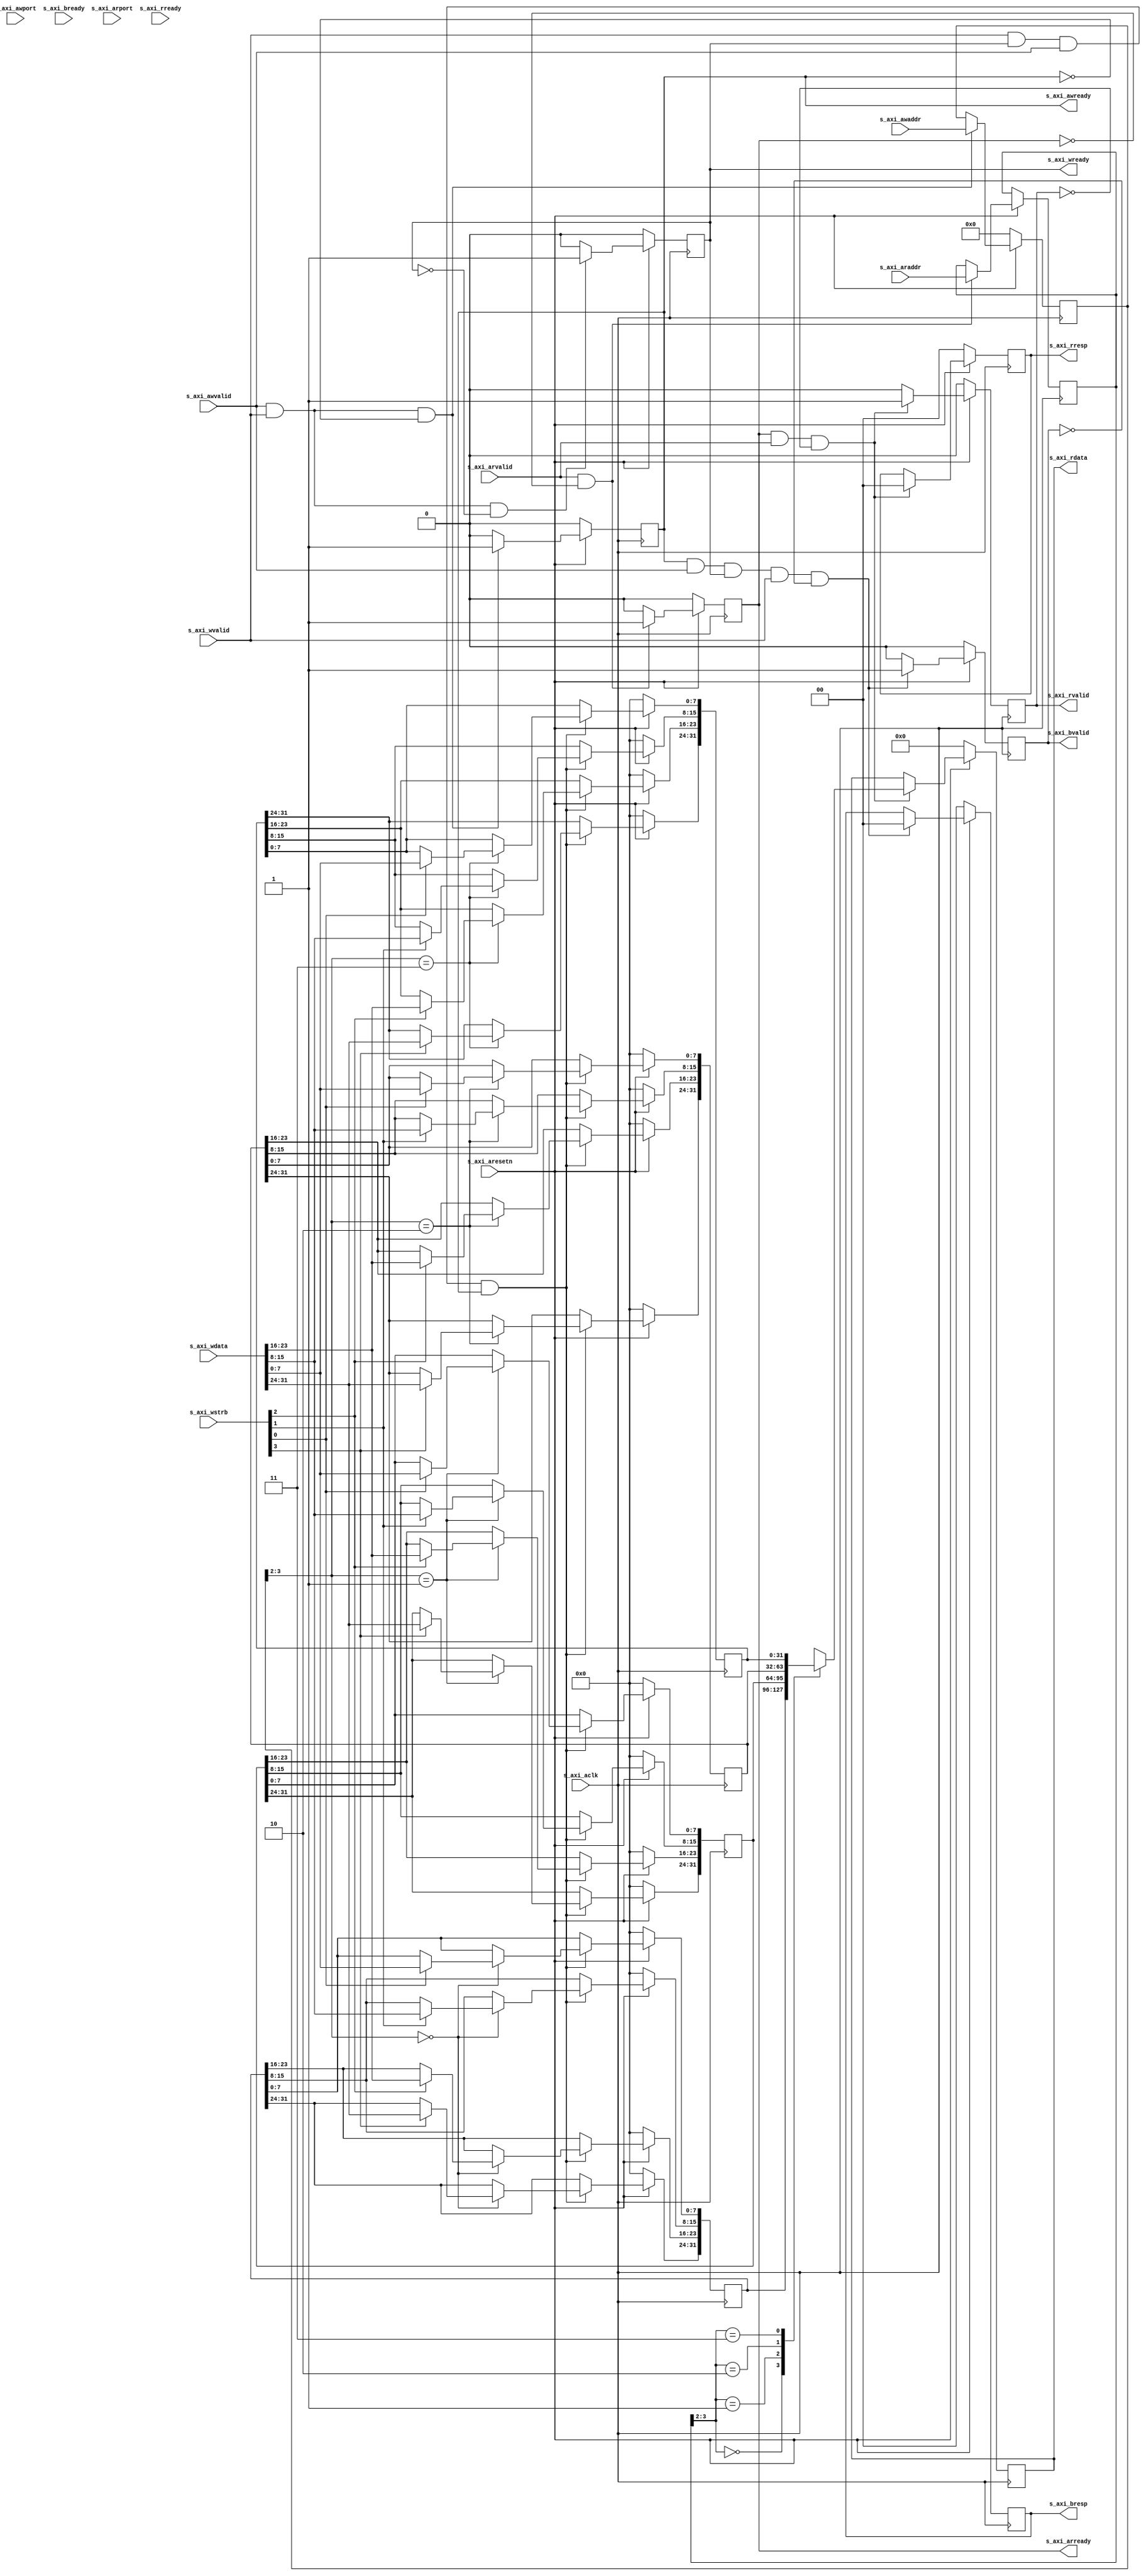
module axilite_reg #(parameter C_S_AXI_DATA_WIDTH = 32, parameter C_S_AXI_ADDR_WIDTH = 4)
(
	input s_axi_aclk,
	input s_axi_aresetn,

	input  [C_S_AXI_ADDR_WIDTH-1:0] s_axi_awaddr,
	input  [2:0] s_axi_awport,
	input  s_axi_awvalid,
	output s_axi_awready,

	input  [C_S_AXI_DATA_WIDTH-1:0] s_axi_wdata,
	input  s_axi_wvalid,
	output s_axi_wready,
	input  [(C_S_AXI_DATA_WIDTH/8)-1:0] s_axi_wstrb,

	output [1:0] s_axi_bresp,
	output s_axi_bvalid,
	input  s_axi_bready,

	input  [C_S_AXI_ADDR_WIDTH-1:0] s_axi_araddr,
	input  [2:0] s_axi_arport,
	input  s_axi_arvalid,
	output s_axi_arready,
	output [C_S_AXI_DATA_WIDTH-1:0] s_axi_rdata,
	output [1:0] s_axi_rresp,
	output s_axi_rvalid,
	input  s_axi_rready
);

localparam ADDR_LSB = (C_S_AXI_DATA_WIDTH/32) + 1;
localparam OPT_MEM_ADDR_BITS = 1;
localparam STROBE_WIDTH = C_S_AXI_DATA_WIDTH/8;

reg [C_S_AXI_ADDR_WIDTH-1:0] axi_awaddr;
reg axi_awready;
reg axi_wready;
reg [1:0] axi_bresp;
reg axi_bvalid;
reg [C_S_AXI_ADDR_WIDTH-1:0] axi_araddr;
reg axi_arready;
reg [C_S_AXI_DATA_WIDTH-1:0] axi_rdata;
reg [1:0] axi_rresp;
reg axi_rvalid;

reg [C_S_AXI_DATA_WIDTH-1:0] slv_reg0;
reg [C_S_AXI_DATA_WIDTH-1:0] slv_reg1;
reg [C_S_AXI_DATA_WIDTH-1:0] slv_reg2;
reg [C_S_AXI_DATA_WIDTH-1:0] slv_reg3;
wire slv_reg_wen;
wire slv_reg_rden;

wire [1:0] dbg_wreg = axi_awaddr[ADDR_LSB+OPT_MEM_ADDR_BITS:ADDR_LSB];

reg [C_S_AXI_DATA_WIDTH-1:0] reg_data_out;

// Generate AXI awready
always @(posedge s_axi_aclk) begin
	if (!s_axi_aresetn) 
		axi_awready <= 1'b0;
	else begin
		if (s_axi_awvalid && s_axi_wvalid && ~axi_awready)
			axi_awready <= 1'b1;
		else 
			axi_awready <= 1'b0;
	end
end

// Latch Address
always @(posedge s_axi_aclk) begin
	if (!s_axi_aresetn)
		axi_awaddr <= 0;
	else begin
		if (s_axi_awvalid && s_axi_wvalid && ~axi_awready)
			axi_awaddr <= s_axi_awaddr;
	end
end

// Generate AXI wready
always @(posedge s_axi_aclk) begin
	if (!s_axi_aresetn)
		axi_wready <= 1'b0;
	else begin
		if (s_axi_awvalid && s_axi_wvalid && ~axi_wready)
			axi_wready <= 1'b1;
		else 
			axi_wready <= 1'b0;
	end
end

// Implement Memory Mapped registers
assign slv_reg_wen = s_axi_wvalid && axi_wready && s_axi_awvalid && axi_awready;

reg [31:0] msg;
integer i = 0;
always @(posedge s_axi_aclk) begin
	if (!s_axi_aresetn) begin
		slv_reg0 <= 0;
		slv_reg1 <= 0;
		slv_reg2 <= 0;
		slv_reg3 <= 0;
	end else begin
		if (slv_reg_wen) begin
		  case (axi_awaddr[ADDR_LSB+OPT_MEM_ADDR_BITS:ADDR_LSB])
				2'h0: begin
					for (i = 0; i < STROBE_WIDTH; i=i+1) begin
						if (s_axi_wstrb[i]) slv_reg0[(i*8) +: 8] <= s_axi_wdata[(i*8) +: 8];
					end
				end 

				2'h1: begin
					for (i = 0; i < STROBE_WIDTH; i=i+1) begin
						if (s_axi_wstrb[i]) slv_reg1[(i*8) +: 8] <= s_axi_wdata[(i*8) +: 8];
					end
        end

				2'h2: begin
					for (i = 0; i < STROBE_WIDTH; i=i+1) begin
						if (s_axi_wstrb[i]) slv_reg2[(i*8) +: 8] <= s_axi_wdata[(i*8) +: 8];
					end
        end

				2'h3: begin
					for (i = 0; i < STROBE_WIDTH; i=i+1) begin
						if (s_axi_wstrb[i]) slv_reg3[(i*8) +: 8] <= s_axi_wdata[(i*8) +: 8];
					end
			 end
		  endcase
	  end
	end
end

// Write Response
always @(posedge s_axi_aclk) begin
	if (!s_axi_aresetn) begin
		axi_bvalid <= 1'b0;
		axi_bresp  <= 2'b0;
	end else begin
		if (axi_awready && s_axi_awvalid && axi_wready && s_axi_wvalid && ~axi_bvalid) begin
			axi_bvalid <= 1'b1;
			axi_bresp  <= 2'b00;
		end else begin
			axi_bvalid <= 1'b0;
		end
	end
end

// AXI read ready
always @(posedge s_axi_aclk) begin 
	if (!s_axi_aresetn)
		axi_arready <= 1'b0;
	else begin
		if (s_axi_arvalid && ~axi_arready) begin
			axi_arready <= 1'b1;
			axi_araddr  <= s_axi_araddr;
		end else 
			axi_arready <= 1'b0;
	end
end

always @(posedge s_axi_aclk) begin
	if (!s_axi_aresetn) begin
		axi_rvalid <= 1'b0;
		axi_rresp  <= 2'b0;
	end else begin
		if (axi_arready && s_axi_arvalid && ~axi_rvalid) begin
			axi_rvalid <= 1'b1;
			axi_rresp  <= 2'b0;
		end else 
			axi_rvalid <= 1'b0;
	end
end

assign slv_reg_rden = axi_arready && s_axi_arvalid && ~axi_rvalid;

always @* begin
	if (!s_axi_aresetn) 
		reg_data_out <= 0;
	else begin
		case (axi_araddr[ADDR_LSB+OPT_MEM_ADDR_BITS:ADDR_LSB])
			2'h0 : reg_data_out <= slv_reg0;
			2'h1 : reg_data_out <= slv_reg1;
			2'h2 : reg_data_out <= slv_reg2;
			2'h3 : reg_data_out <= slv_reg3;
		endcase
	end
end

always @(posedge s_axi_aclk) begin
	if (!s_axi_aresetn)
		axi_rdata <= 0;
	else begin
		if (slv_reg_rden)
			axi_rdata <= reg_data_out;
	end
end

assign s_axi_awready = axi_awready;
assign s_axi_wready  = axi_wready;
assign s_axi_bresp   = axi_bresp;
assign s_axi_bvalid  = axi_bvalid;
assign s_axi_arready = axi_arready;
assign s_axi_rdata   = axi_rdata;
assign s_axi_rresp   = axi_rresp;
assign s_axi_rvalid  = axi_rvalid;
endmodule